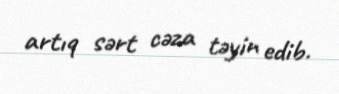
artıq sərt cəza təyin edib.